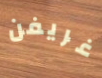
غريفن